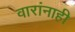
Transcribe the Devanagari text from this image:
वारांनाही